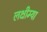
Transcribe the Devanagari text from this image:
लक्षीम्या